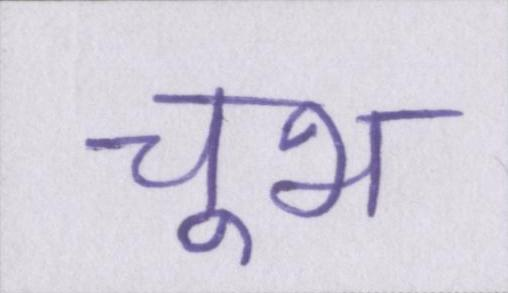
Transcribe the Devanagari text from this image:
चूभ